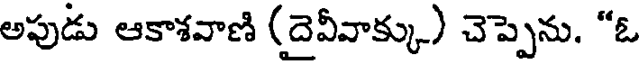
అపుడు ఆకాశవాణి (దైవీవాక్కు) చెప్పెను. "ఓ